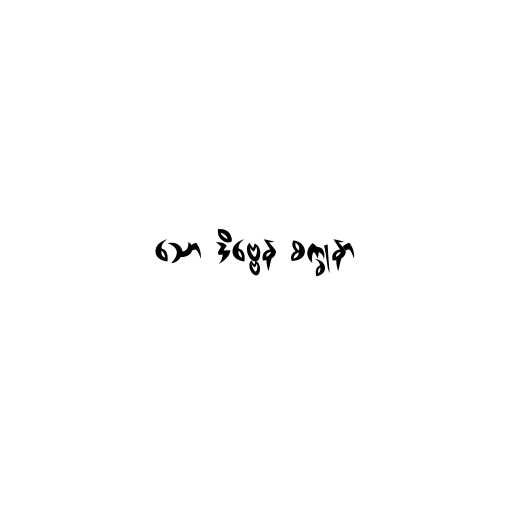
သော ဒိဗ္ဗေန စက္ခုနာ